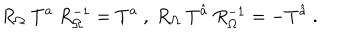
LaTeX: R _ { \Omega } ~ T ^ { a } ~ R _ { \Omega } ^ { - 1 } = T ^ { a } ~ , ~ R _ { \Omega } ~ T ^ { \hat { a } } ~ R _ { \Omega } ^ { - 1 } = - T ^ { \hat { a } } ~ . ~ \,